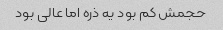
حجمش کم بود یه ذره اما عالی بود